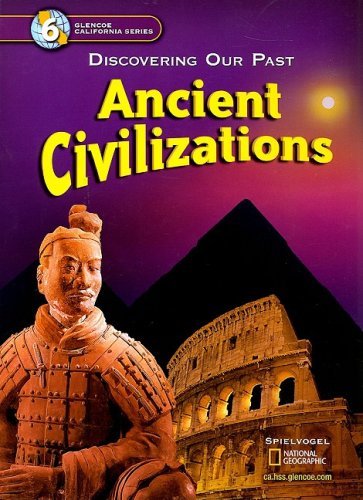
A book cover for Ancient Civilization (Discovering Our Past); Jackson J. Spielvogel; Children's Books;